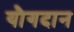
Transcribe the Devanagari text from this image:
यौगदान